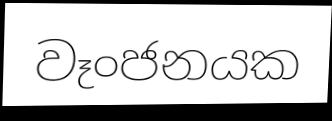
වෑංජනයක